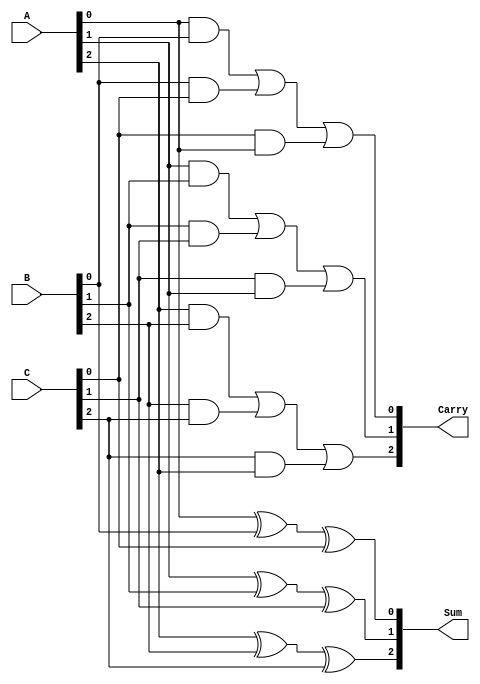
module CarrySaveAdder (
    input  wire [2:0] A,  // 3-bit input A
    input  wire [2:0] B,  // 3-bit input B
    input  wire [2:0] C,  // 3-bit input C
    output wire [2:0] Sum, // 3-bit output Sum
    output wire [2:0] Carry // 3-bit output Carry
);

    // Stage 1: Calculate Sum and Carry for each bit
    assign Sum[0] = A[0] ^ B[0] ^ C[0]; // Sum for LSB
    assign Carry[0] = (A[0] & B[0]) | (B[0] & C[0]) | (C[0] & A[0]); // Carry for LSB

    assign Sum[1] = A[1] ^ B[1] ^ C[1]; // Sum for middle bit
    assign Carry[1] = (A[1] & B[1]) | (B[1] & C[1]) | (C[1] & A[1]); // Carry for middle bit

    assign Sum[2] = A[2] ^ B[2] ^ C[2]; // Sum for MSB
    assign Carry[2] = (A[2] & B[2]) | (B[2] & C[2]) | (C[2] & A[2]); // Carry for MSB

endmodule